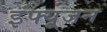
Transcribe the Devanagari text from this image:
इंफ्यूजन